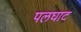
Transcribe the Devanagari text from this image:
पलघाट